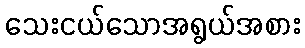
သေးငယ်သောအရွယ်အစား